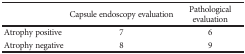
<table><thead><tr><td></td><td><b>Capsule endoscopy evaluation</b></td><td><b>Pathological evaluation</b></td></tr></thead><tbody><tr><td>Atrophy positive</td><td>7</td><td>6</td></tr><tr><td>Atrophy negative</td><td>8</td><td>9</td></tr></tbody></table>